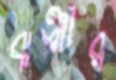
ঝঞ্ঝার